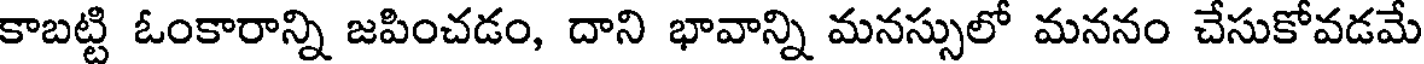
కాబట్టి ఓంకారాన్ని జపించడం, దాని భావాన్ని మనస్సులో మననం చేసుకోవడమే